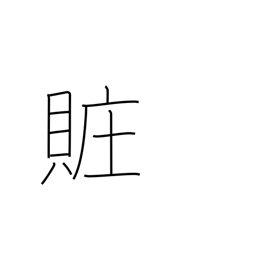
Meaning: bribery